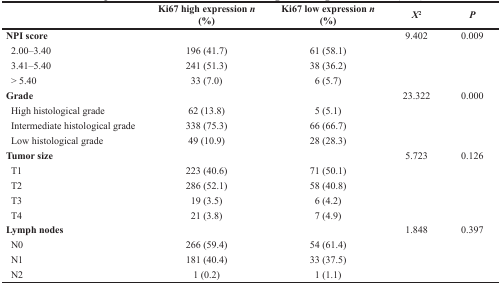
|  | Ki67 high expression n (%) | Ki67 low expression n (%) | X2 | P |
 | --- | --- | --- | --- | --- |
 | NPI score |  |  | 9.402 | 0.009 |
 | 2.00–3.40 | 196 (41.7) | 61 (58.1) |  |  |
 | 3.41–5.40 | 241 (51.3) | 38 (36.2) |  |  |
 | > 5.40 | 33 (7.0) | 6 (5.7) |  |  |
 | Grade |  |  | 23.322 | 0.000 |
 | High histological grade | 62 (13.8) | 5 (5.1) |  |  |
 | Intermediate histological grade | 338 (75.3) | 66 (66.7) |  |  |
 | Low histological grade | 49 (10.9) | 28 (28.3) |  |  |
 | Tumor size |  |  | 5.723 | 0.126 |
 | T1 | 223 (40.6) | 71 (50.1) |  |  |
 | T2 | 286 (52.1) | 58 (40.8) |  |  |
 | T3 | 19 (3.5) | 6 (4.2) |  |  |
 | T4 | 21 (3.8) | 7 (4.9) |  |  |
 | Lymph nodes |  |  | 1.848 | 0.397 |
 | N0 | 266 (59.4) | 54 (61.4) |  |  |
 | N1 | 181 (40.4) | 33 (37.5) |  |  |
 | N2 | 1 (0.2) | 1 (1.1) |  |  |